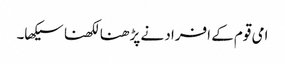
امی قوم کے افراد نے پڑھنا لکھنا سیکھا۔